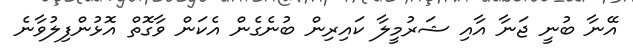
އޭނާ ބުނީ ޖަނާ އާއި ޝަރުމީލާ ކައިރިން ބުނެގެން އެކަން ވާގޮތް އޮޅުންފިލުވާނެ